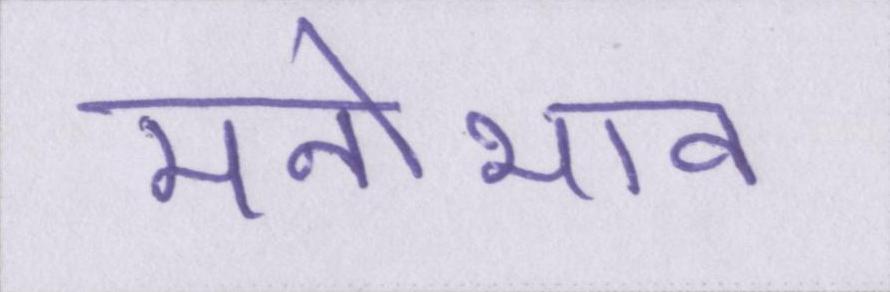
मनोभाव